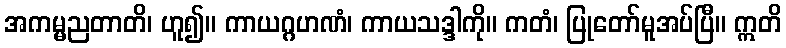
အကမ္မညတာတိ၊ ဟူ၍။ ကာယဂ္ဂဟဏံ၊ ကာယသဒ္ဒါကို။ ကတံ၊ ပြုတော်မူအပ်ပြီ။ ဣတိ